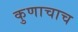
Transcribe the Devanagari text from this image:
कुणाचाच